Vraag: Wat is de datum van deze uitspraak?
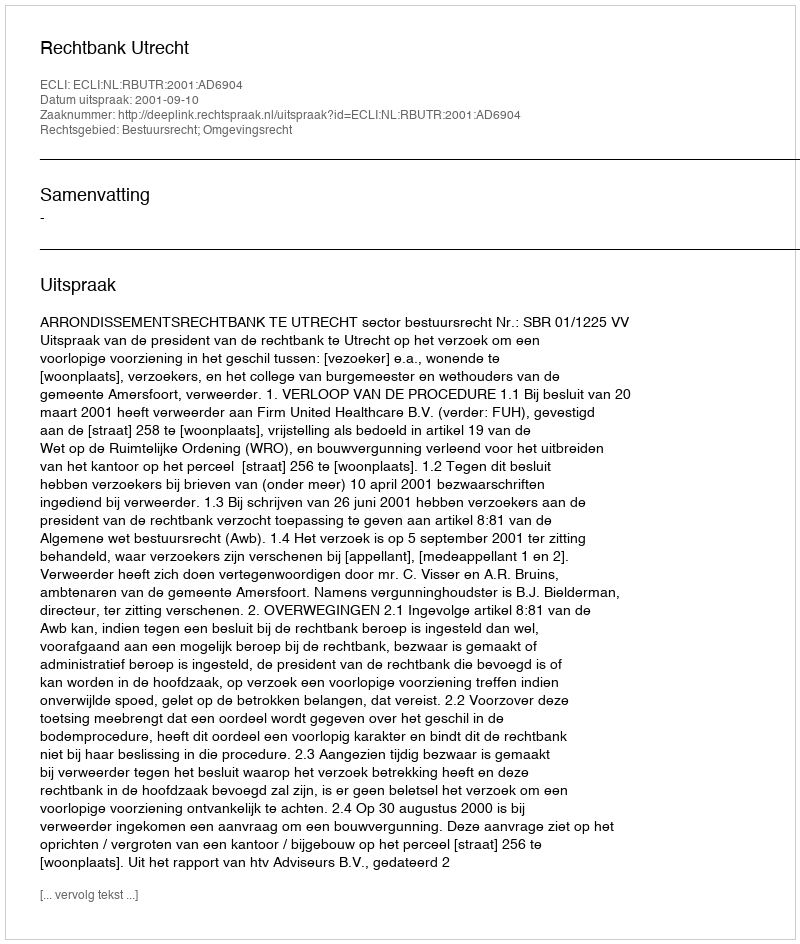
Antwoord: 2001-09-10